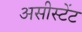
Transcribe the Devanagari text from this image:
असीस्टेंट